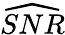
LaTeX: \widehat{SNR}